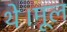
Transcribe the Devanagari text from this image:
थे।मूल